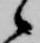
候